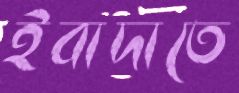
ইবাদাতে